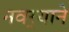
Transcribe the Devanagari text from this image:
नवर्‍याने